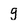
Character: g